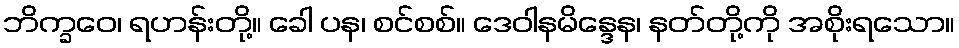
ဘိက္ခဝေ၊ ရဟန်းတို့။ ခေါ ပန၊ စင်စစ်။ ဒေဝါနမိန္ဒေန၊ နတ်တို့ကို အစိုးရသော။